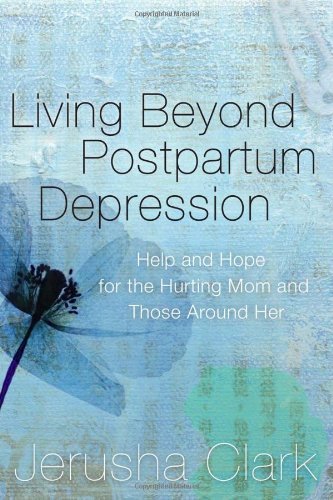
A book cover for Living Beyond Postpartum Depression: Help and Hope for the Hurting Mom and Those Around Her [Paperback] [2010] (Author) Jerusha Clark; Health, Fitness & Dieting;